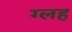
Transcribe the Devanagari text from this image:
ग्लह